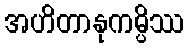
အဟိတာနုကမ္ပိဿ